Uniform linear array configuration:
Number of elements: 4
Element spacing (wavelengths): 0.5
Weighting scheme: cosine
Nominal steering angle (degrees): -15
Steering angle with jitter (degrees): -14.585
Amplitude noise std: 0.05
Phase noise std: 0.05

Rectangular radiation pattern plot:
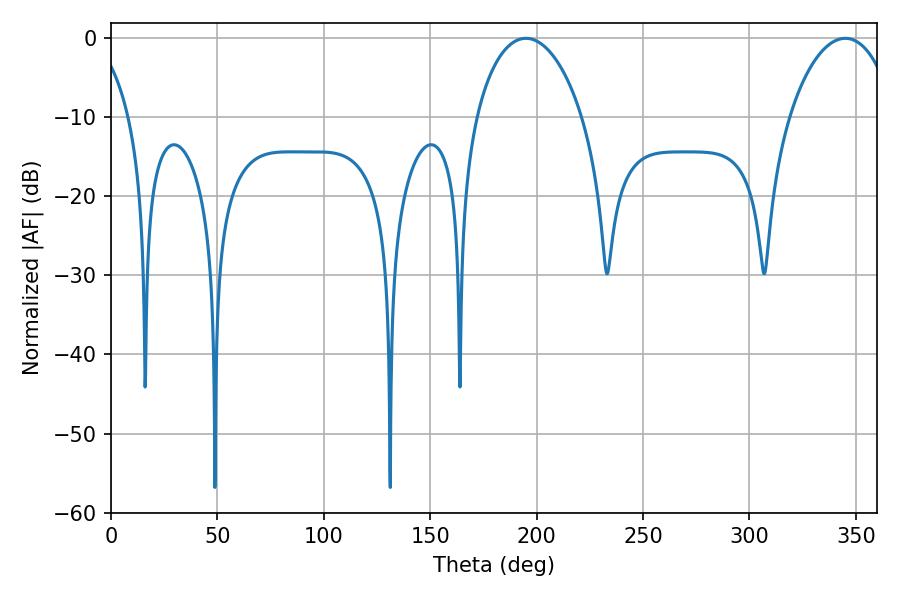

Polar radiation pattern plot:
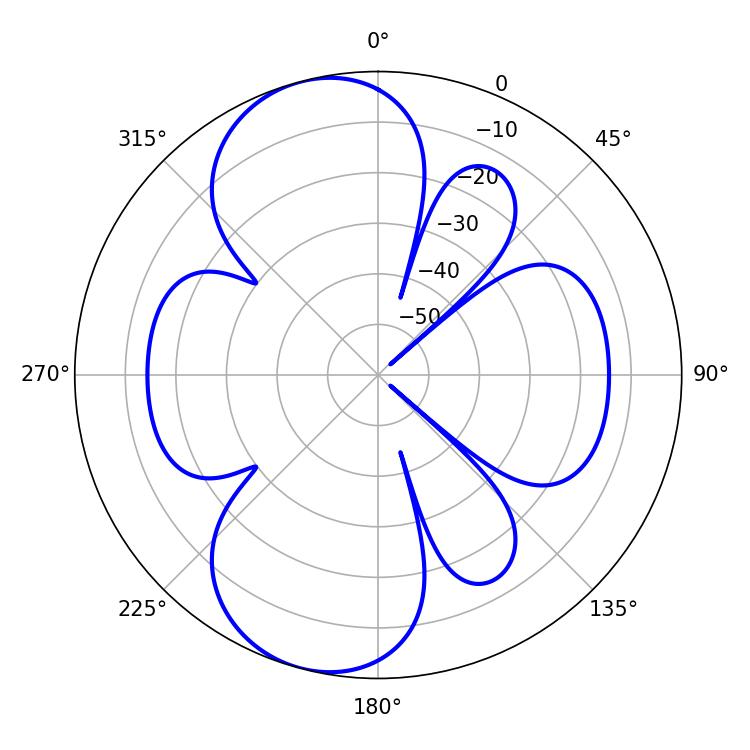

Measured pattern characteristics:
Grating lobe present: FALSE
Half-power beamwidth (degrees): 28.44
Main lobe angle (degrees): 345.06